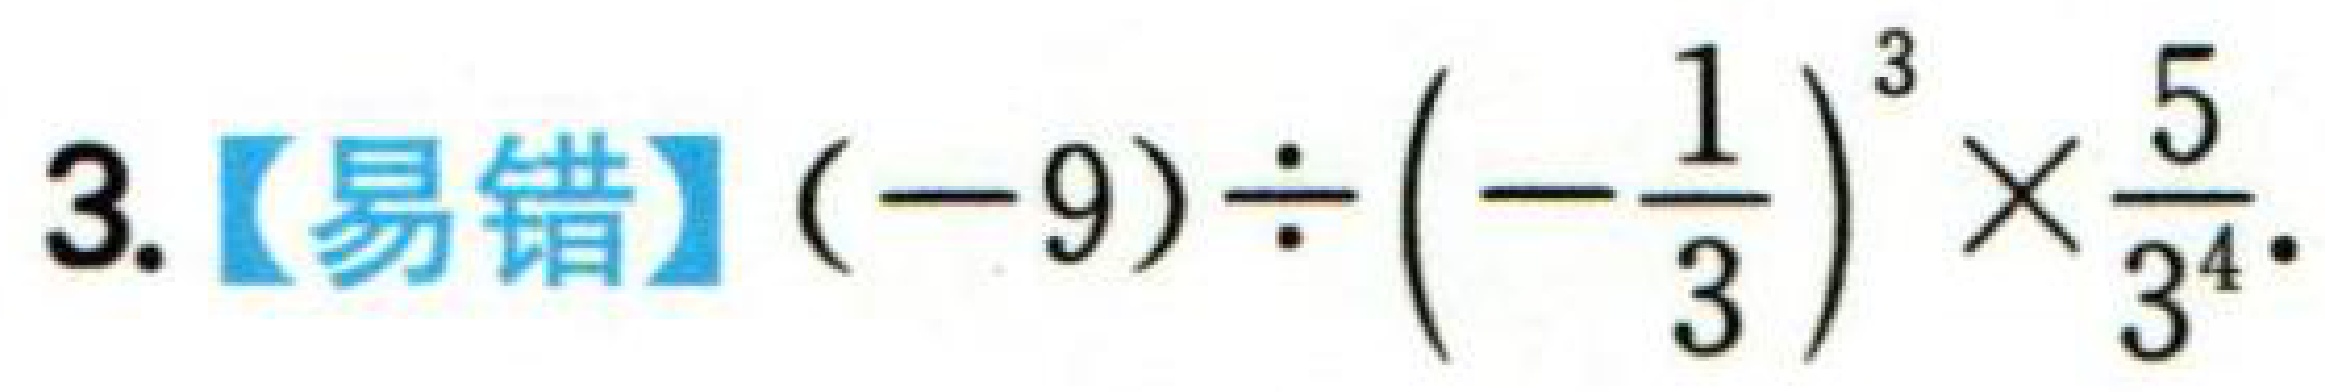
3.【易错】\((-9)\div\left(-\dfrac{1}{3}\right)^{3}\times\dfrac{5}{3^{4}}\).